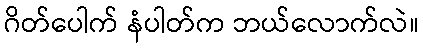
ဂိတ်ပေါက် နံပါတ်က ဘယ်လောက်လဲ။